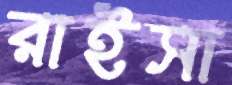
রাইসা